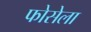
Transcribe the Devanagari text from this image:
फोसेला